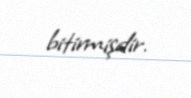
bitirmişdir.